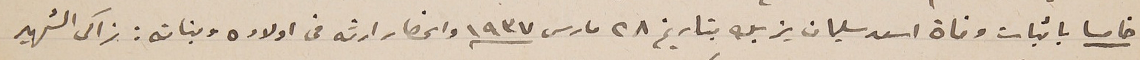
خامسا باثبات وفاة اسعد سليمان يزبك بتاريخ ٢٨ مارس ١٩٣٧ وانحصار ارثه من اولاده وبناته : زاكى الشهير